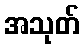
အသုတ်